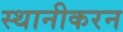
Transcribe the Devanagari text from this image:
स्थानीकरन